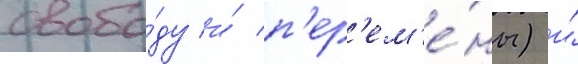
свобо́ду и́ п'ер'ем'е́ны) и́